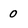
Character: 0